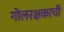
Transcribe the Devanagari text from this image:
गोलरक्षकाची